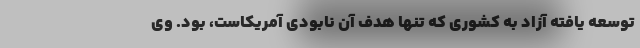
توسعه یافته آزاد به کشوری که تنها هدف آن نابودی آمریکاست، بود. وی